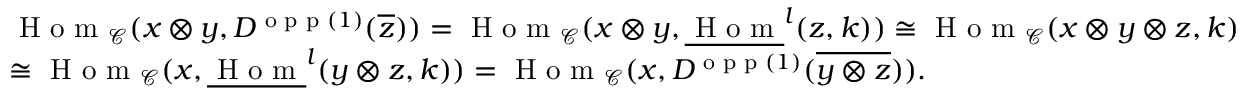
\begin{array} { r l } & { \textnormal { H o m } _ { \mathcal { C } } ( x \otimes y , D ^ { \textnormal { o p p } ( 1 ) } ( \overline { { z } } ) ) = \textnormal { H o m } _ { \mathcal { C } } ( x \otimes y , \underline { { \textnormal { H o m } } } ^ { l } ( z , k ) ) \cong \textnormal { H o m } _ { \mathcal { C } } ( x \otimes y \otimes z , k ) } \\ & { \cong \textnormal { H o m } _ { \mathcal { C } } ( x , \underline { { \textnormal { H o m } } } ^ { l } ( y \otimes z , k ) ) = \textnormal { H o m } _ { \mathcal { C } } ( x , D ^ { \textnormal { o p p } ( 1 ) } ( \overline { { y \otimes z } } ) ) . } \end{array}